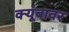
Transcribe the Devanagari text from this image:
क्यूबावर